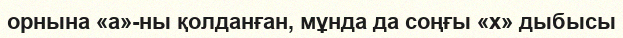
орнына «а»-ны қолданған, мұнда да соңғы «х» дыбысы